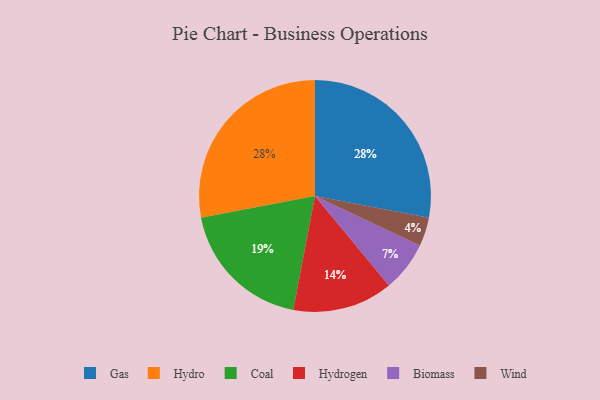
{"axis": {"x": "Category", "y": "Percentage"}, "legend": ["Biomass", "Coal", "Gas", "Hydro", "Hydrogen", "Wind"], "data": [{"x": "Hydrogen", "y": 14, "type": "Hydrogen"}, {"x": "Wind", "y": 4, "type": "Wind"}, {"x": "Gas", "y": 28, "type": "Gas"}, {"x": "Coal", "y": 19, "type": "Coal"}, {"x": "Biomass", "y": 7, "type": "Biomass"}, {"x": "Hydro", "y": 28, "type": "Hydro"}]}